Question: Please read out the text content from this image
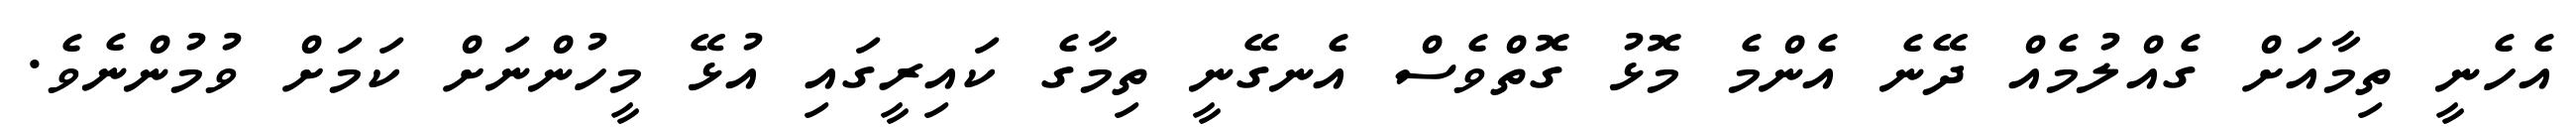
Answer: އެހެނީ ތިމާއަށް ގެއްލުމެއް ދޭނެ އެންމެ މޮޅު ގޮތްވެސް އެނގޭނީ ތިމާގެ ކައިރީގައި އުޅޭ މީހުންނަށް ކަމަށް ވުމުންނެވެ.